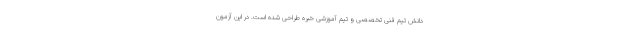
دانش تیم فنی تخصصی و تیم آموزشی خبره طراحی شده است. در این آزمون